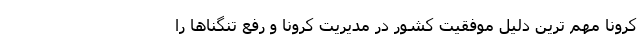
کرونا مهم ترین دلیل موفقیت کشور در مدیریت کرونا و رفع تنگناها را